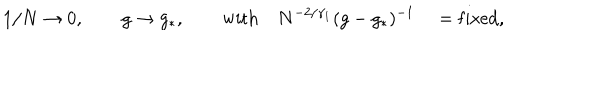
1 / N \rightarrow 0 , \qquad g \rightarrow g _ { * } , \qquad \mathrm { w i t h } \quad N ^ { - 2 / \gamma _ { 1 } } ( g - g _ { * } ) ^ { - 1 } \quad = \mathrm { f i x e d , }